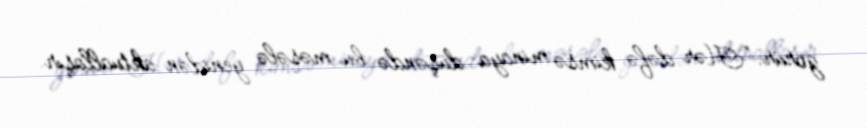
görür: “Hər dəfə kimsə minaya düşəndə bu məsələ yenidən aktuallaşır.